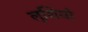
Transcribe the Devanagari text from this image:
लूशियो